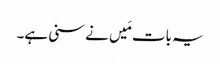
یہ بات مَیں نے سنی ہے۔